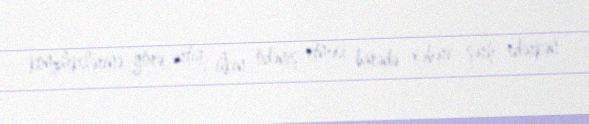
komplekslərinə görə artıq ilkin ödəniş etməsi barədə xəbəri şərh edərkən